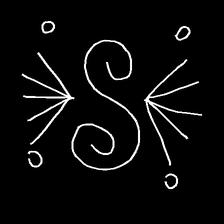
Glyph: aeroform